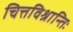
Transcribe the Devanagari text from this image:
चित्तविश्रान्तिः